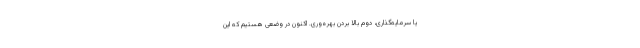
یا سرمایه‌گذاری، دوم بالا بردن بهره‌وری. اکنون در وضعی هستیم که این